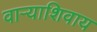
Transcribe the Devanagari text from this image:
वाऱ्याशिवाय